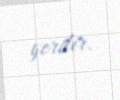
yerdir.